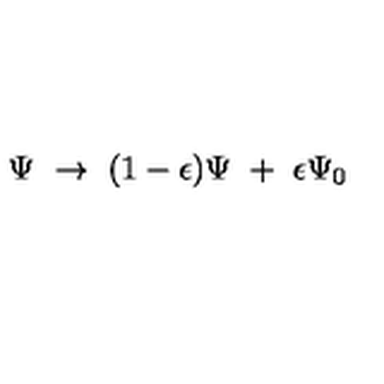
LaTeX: \Psi \ \to \ ( 1 - \epsilon ) \Psi \ + \ \epsilon \Psi _ { 0 }